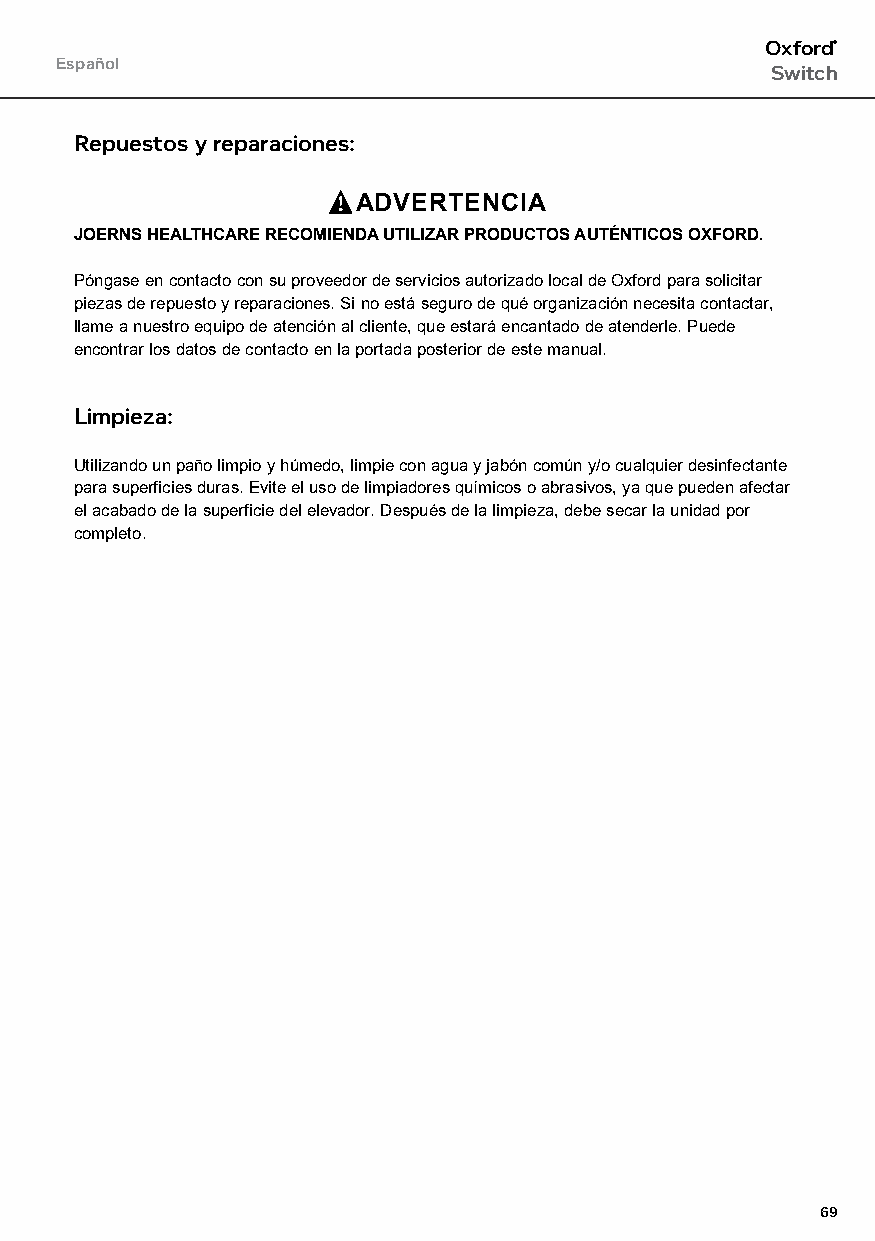
Oxford®
 Español
 Switch
 Repuestos y reparaciones:
 ADVERTENCIA
 JOERNS HEALTHCARE RECOMIENDA UTILIZAR PRODUCTOS AUTÉNTICOS OXFORD.
 Póngase en contacto con su proveedor de servicios autorizado local de Oxford para solicitar
 piezas de repuesto y reparaciones. Si no está seguro de qué organización necesita contactar,
 llame a nuestro equipo de atención al cliente, que estará encantado de atenderle. Puede
 encontrar los datos de contacto en la portada posterior de este manual.
 Limpieza:
 Utilizando un paño limpio y húmedo, limpie con agua y jabón común y/o cualquier desinfectante
 para superficies duras. Evite el uso de limpiadores químicos o abrasivos, ya que pueden afectar
 el acabado de la superficie del elevador. Después de la limpieza, debe secar la unidad por
 completo.
 69